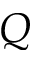
Q